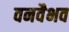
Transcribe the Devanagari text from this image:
वनवैभव